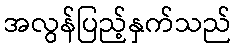
အလွန်ပြည့်နှက်သည်